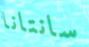
سانتانا